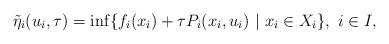
LaTeX: \begin{align*} \tilde \eta_{i} (u_{i},\tau)=\inf \{ f_{i} (x_{i}) +\tau P_{i}(x_{i},u_{i})\ | \ x_{i} \in X_{i} \}, \ i \in I,\end{align*}